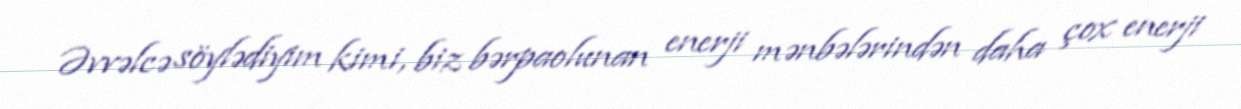
Əvvəlcə söylədiyim kimi, biz bərpaolunan enerji mənbələrindən daha çox enerji